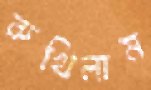
রুখিলাম